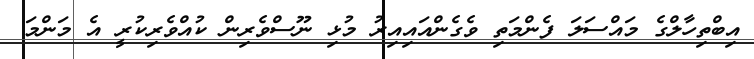
އިބްތިހާލްގެ މައްސަލަ ފެންމަތި ވެގެންއައިއިރު މުޅި ނޫސްވެރިން ކުއްވެރިކުރީ އެ މަންމަ